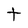
Character: t